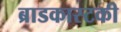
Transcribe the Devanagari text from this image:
ब्राडकास्टकी